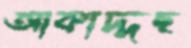
আকাদ্দছ